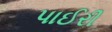
પાઈરી